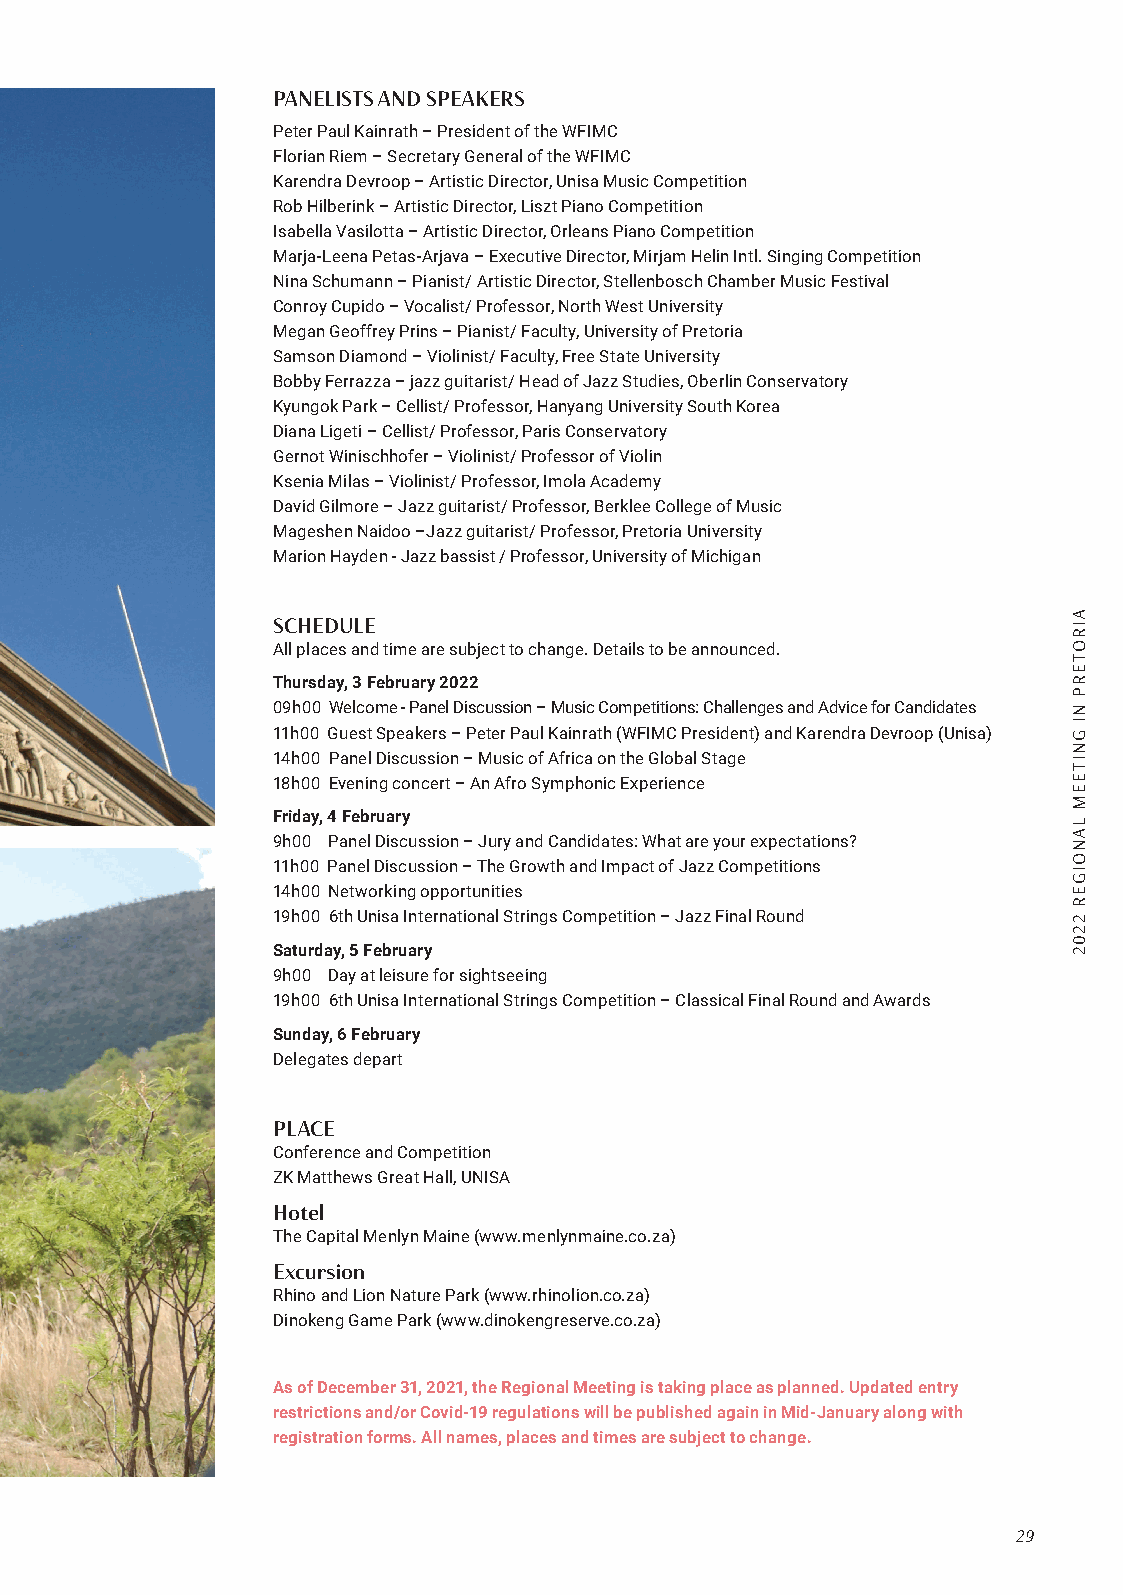
PANELISTS AND SPEAKERS
 Peter Paul Kainrath – President of the WFIMC
 Florian Riem – Secretary General of the WFIMC
 Karendra Devroop – Artistic Director, Unisa Music Competition
 Rob Hilberink – Artistic Director, Liszt Piano Competition
 Isabella Vasilotta – Artistic Director, Orleans Piano Competition
 Marja-Leena Petas-Arjava – Executive Director, Mirjam Helin Intl. Singing Competition
 Nina Schumann – Pianist/ Artistic Director, Stellenbosch Chamber Music Festival
 Conroy Cupido – Vocalist/ Professor, North West University
 Megan Geoffrey Prins – Pianist/ Faculty, University of Pretoria
 Samson Diamond – Violinist/ Faculty, Free State University
 Bobby Ferrazza – jazz guitarist/ Head of Jazz Studies, Oberlin Conservatory
 Kyungok Park – Cellist/ Professor, Hanyang University South Korea
 Diana Ligeti – Cellist/ Professor, Paris Conservatory
 Gernot Winischhofer – Violinist/ Professor of Violin
 Ksenia Milas – Violinist/ Professor, Imola Academy
 David Gilmore – Jazz guitarist/ Professor, Berklee College of Music
 Mageshen Naidoo –Jazz guitarist/ Professor, Pretoria University
 Marion Hayden - Jazz bassist / Professor, University of Michigan
 SCHEDULE
 All places and time are subject to change. Details to be announced.
 Thursday, 3 February 2022
 09h00 Welcome - Panel Discussion – Music Competitions: Challenges and Advice for Candidates
 11h00 Guest Speakers – Peter Paul Kainrath (WFIMC President) and Karendra Devroop (Unisa)
 14h00 Panel Discussion – Music of Africa on the Global Stage
 18h00 Evening concert – An Afro Symphonic Experience
 Friday, 4 February
 9h00 Panel Discussion – Jury and Candidates: What are your expectations?
 11h00 Panel Discussion – The Growth and Impact of Jazz Competitions
 14h00 Networking opportunities
 19h00 6th Unisa International Strings Competition – Jazz Final Round
 Saturday, 5 February
 9h00 Day at leisure for sightseeing
 19h00 6th Unisa International Strings Competition – Classical Final Round and Awards
 Sunday, 6 February
 Delegates depart
 PLACE
 Conference and Competition
 ZK Matthews Great Hall, UNISA
 Hotel
 The Capital Menlyn Maine (www.menlynmaine.co.za)
 Excursion
 Rhino and Lion Nature Park (www.rhinolion.co.za)
 Dinokeng Game Park (www.dinokengreserve.co.za)
 As of December 31, 2021, the Regional Meeting is taking place as planned. Updated entry
 restrictions and/or Covid-19 regulations will be published again in Mid-January along with
 registration forms. All names, places and times are subject to change.
 29
 AIROTERP
 NI
 GNITEEM
 LANOIGER
 2202